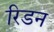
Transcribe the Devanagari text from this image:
रिडन